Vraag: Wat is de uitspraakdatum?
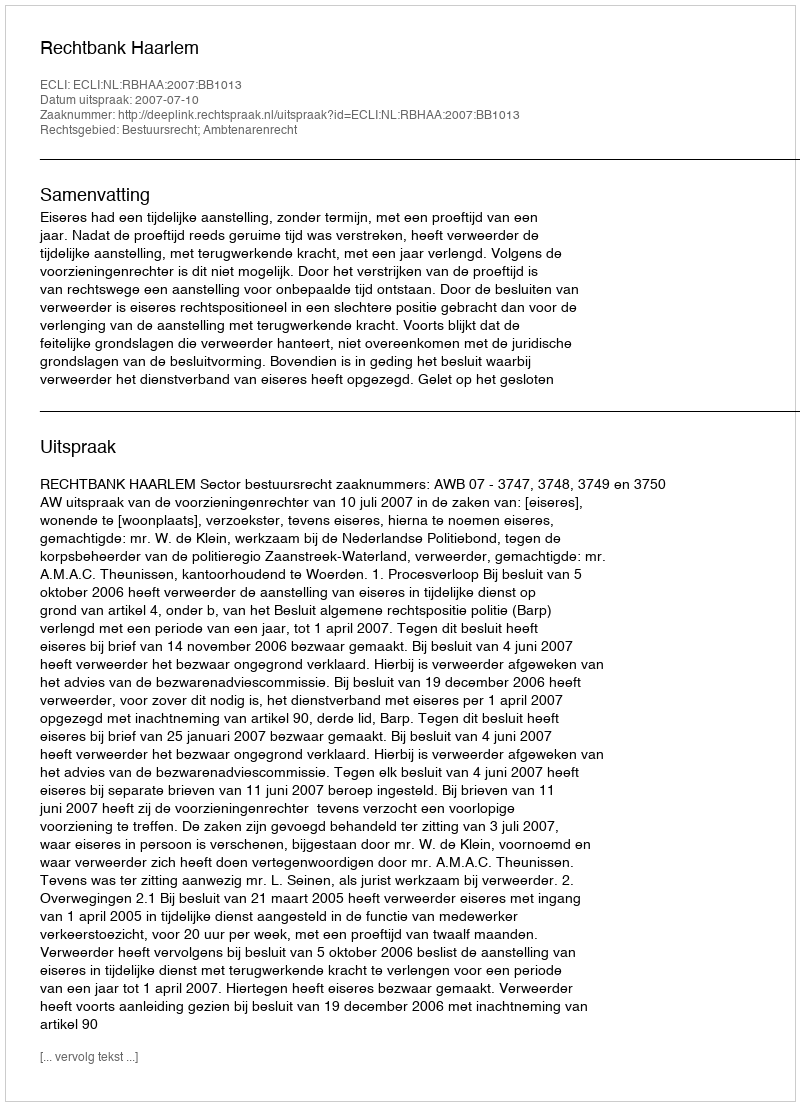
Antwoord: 2007-07-10